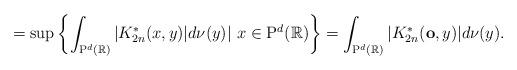
LaTeX: \begin{align*}=\sup \left\{ \int_{\mathrm{P}^{d}(\mathbb{R})}|K_{2n}^{\ast }(x,y)|d\nu(y)|\,\,x\in \mathrm{P}^{d}(\mathbb{R})\right\} =\int_{\mathrm{P}^{d}(\mathbb{R})}|K_{2n}^{\ast }(\mathbf{o},y)|d\nu (y). \end{align*}